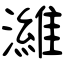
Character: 濰